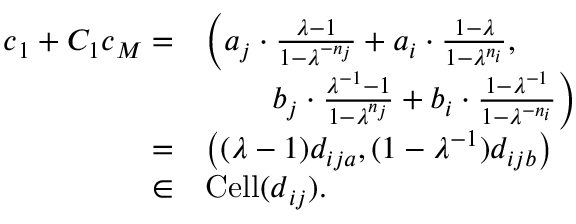
\begin{array} { r l } { \boldsymbol { c } _ { 1 } + C _ { 1 } \boldsymbol { c } _ { M } = } & { \left( a _ { j } \cdot \frac { \lambda - 1 } { 1 - \lambda ^ { - n _ { j } } } + a _ { i } \cdot \frac { 1 - \lambda } { 1 - \lambda ^ { n _ { i } } } , \right. } \\ & { \quad \quad \left. b _ { j } \cdot \frac { \lambda ^ { - 1 } - 1 } { 1 - \lambda ^ { n _ { j } } } + b _ { i } \cdot \frac { 1 - \lambda ^ { - 1 } } { 1 - \lambda ^ { - n _ { i } } } \right) } \\ { = } & { \left( ( \lambda - 1 ) d _ { i j a } , ( 1 - \lambda ^ { - 1 } ) d _ { i j b } \right) } \\ { \in } & { \operatorname { C e l l } ( \boldsymbol { d } _ { i j } ) . } \end{array}